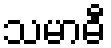
သမာဓီ